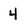
Character: 4